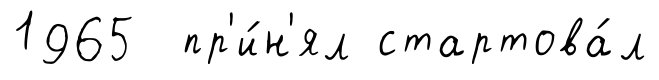
1965 пр'и́н'ял стартова́л